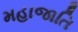
મહાજાતિ